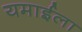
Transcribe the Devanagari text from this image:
यमाईला